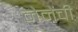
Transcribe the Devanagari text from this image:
नेनेंची